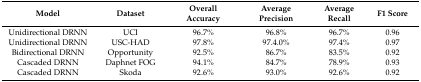
<table><thead><tr><td><b>Model</b></td><td><b>Dataset</b></td><td><b>Overall Accuracy</b></td><td><b>Average Precision</b></td><td><b>Average Recall</b></td><td><b>F1 Score</b></td></tr></thead><tbody><tr><td>Unidirectional DRNN</td><td>UCI</td><td>96.7%</td><td>96.8%</td><td>96.7%</td><td>0.96</td></tr><tr><td>Unidirectional DRNN</td><td>USC-HAD</td><td>97.8%</td><td>97.4.0%</td><td>97.4%</td><td>0.97</td></tr><tr><td>Bidirectional DRNN</td><td>Opportunity</td><td>92.5%</td><td>86.7%</td><td>83.5%</td><td>0.92</td></tr><tr><td>Cascaded DRNN</td><td>Daphnet FOG</td><td>94.1%</td><td>84.7%</td><td>78.9%</td><td>0.93</td></tr><tr><td>Cascaded DRNN</td><td>Skoda</td><td>92.6%</td><td>93.0%</td><td>92.6%</td><td>0.92</td></tr></tbody></table>